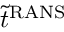
\tilde { t } ^ { \mathrm { R A N S } }